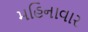
મહિનાવાર